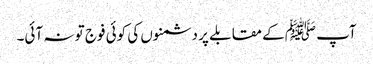
آپ ﷺکے مقابلے پر دشمنوں کی کوئی فوج تو نہ آئی۔